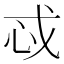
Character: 𫻪